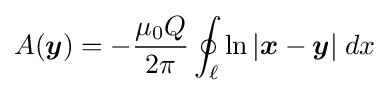
A({\boldsymbol {y}})=-{\mu _{0}Q \over 2\pi }\oint _{\ell }\ln \vert {\boldsymbol {x}}-{\boldsymbol {y}}\vert \;dx